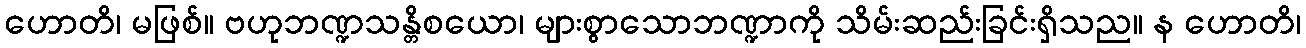
ဟောတိ၊ မဖြစ်။ ဗဟုဘဏ္ဍသန္တိစယော၊ များစွာသောဘဏ္ဍာကို သိမ်းဆည်းခြင်းရှိသည။ န ဟောတိ၊